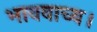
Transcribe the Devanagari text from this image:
भाववाच्य।